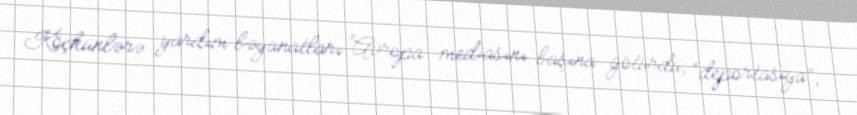
Köçkünlərə yardım bəyanatları Avropa mediasını başına götürdü, “deportasiya”,